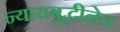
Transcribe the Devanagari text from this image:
न्यायबुद्धीनेच